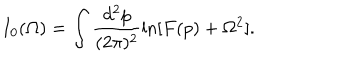
I _ { 0 } ( \Omega ) = \int \frac { d ^ { 2 } p } { ( 2 \pi ) ^ { 2 } } \ln [ F ( p ) + \Omega ^ { 2 } ] .